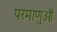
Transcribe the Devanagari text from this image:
परमाणुऑ